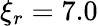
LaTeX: \xi_{r}=7.0